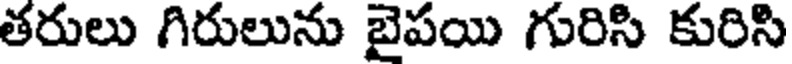
తరులు గిరులును బైపయి గురిసి కురిసి